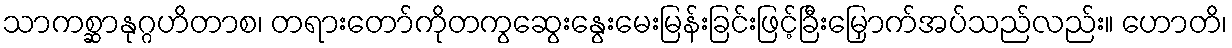
သာကစ္ဆာနုဂ္ဂဟိတာစ၊ တရားတော်ကိုတကွဆွေးနွေးမေးမြန်းခြင်းဖြင့်ခြီးမြှောက်အပ်သည်လည်း။ ဟောတိ၊